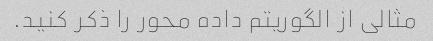
مثالی از الگوریتم داده محور را ذکر کنید.